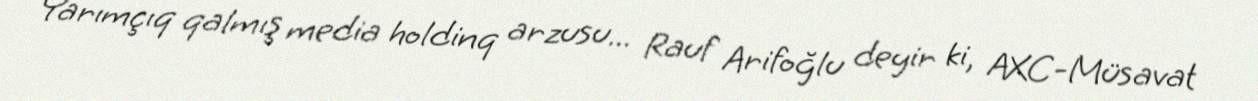
Yarımçıq qalmış media holdinq arzusu... Rauf Arifoğlu deyir ki, AXC-Müsavat